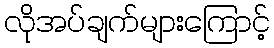
လိုအပ်ချက်များကြောင့်